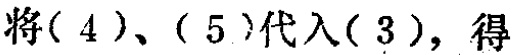
将\((4)\)、\((5)\)代入\((3)\)，得